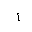
Letter: _alif